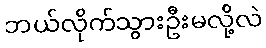
ဘယ်လိုက်သွားဦးမလို့လဲ